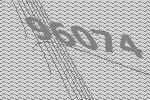
96074